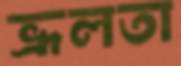
ভ্রূলতা